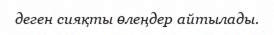
деген сияқты өлеңдер айтылады.